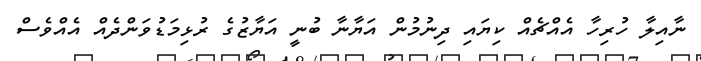
ނާއިލާ ހުރިހާ އެއްޗެއް ކިޔައި ދިނުމުން އަޔާނާ ބުނީ އަޔާޒުގެ ރުޅިމަޑުވަންދެއް އެއްވެސް